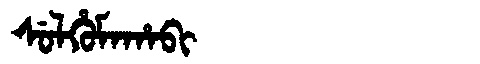
Manchu: ᠰᡠᠯᡥᡠᠮᠠᡥᠠᠪᡳ
Romanization: SULHUMAHABI